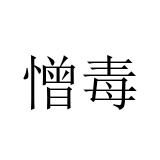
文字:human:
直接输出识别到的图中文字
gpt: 憎毒